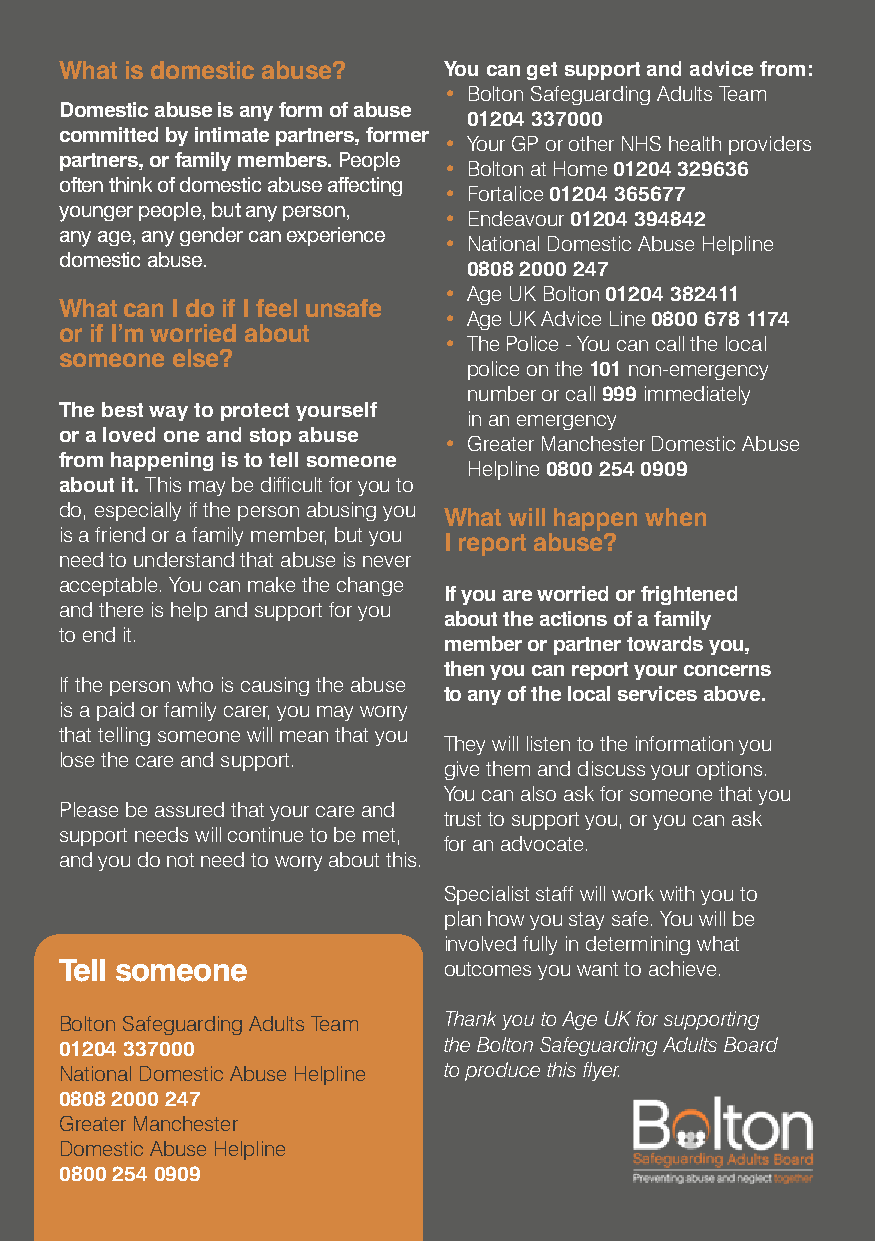
What is domestic abuse?  You can get support and advice from:
 • Bolton Safeguarding Adults Team
 Domestic abuse is any form of abuse
 01204 337000
 committed by intimate partners, former
 • Your GP or other NHS health providers
 partners, or family members. People
 • Bolton at Home 01204 329636
 often think of domestic abuse affecting
 • Fortalice 01204 365677
 younger people, but any person,
 • Endeavour 01204 394842
 any age, any gender can experience
 • National Domestic Abuse Helpline
 domestic abuse.
 0808 2000 247
 • Age UK Bolton 01204 382411
 What can I do if I feel unsafe
 • Age UK Advice Line 0800 678 1174
 or if I’m worried about
 • The Police - You can call the local
 someone else?
 police on the 101 non-emergency
 number or call 999 immediately
 The best way to protect yourself
 in an emergency
 or a loved one and stop abuse
 • Greater Manchester Domestic Abuse
 from happening is to tell someone
 Helpline 0800 254 0909
 about it. This may be difficult for you to
 do, especially if the person abusing you What will happen when
 is a friend or a family member, but you I report abuse?
 need to understand that abuse is never
 acceptable. You can make the change
 If you are worried or frightened
 and there is help and support for you
 about the actions of a family
 to end it.
 member or partner towards you,
 then you can report your concerns
 If the person who is causing the abuse
 to any of the local services above.
 is a paid or family carer, you may worry
 that telling someone will mean that you
 They will listen to the information you
 lose the care and support.
 give them and discuss your options.
 You can also ask for someone that you
 Please be assured that your care and
 trust to support you, or you can ask
 support needs will continue to be met,
 for an advocate.
 and you do not need to worry about this.
 Specialist staff will work with you to
 plan how you stay safe. You will be
 involved fully in determining what
 Tell someone             outcomes you want to achieve.
 Bolton Safeguarding Adults Team Thank you to Age UK for supporting
 01204 337000             the Bolton Safeguarding Adults Board
 National Domestic Abuse Helpline to produce this flyer.
 0808 2000 247
 Greater Manchester
 Domestic Abuse Helpline
 0800 254 0909